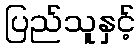
ပြည်သူနှင့်